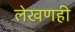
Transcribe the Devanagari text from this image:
लेखणही